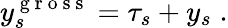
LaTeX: y_{s}^{\mathrm{~g~r~o~s~s~}}=\tau_{s}+y_{s}\; .